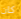
كان